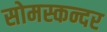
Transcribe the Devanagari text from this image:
सोमस्कन्दर